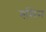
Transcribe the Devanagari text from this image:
गमिन